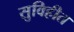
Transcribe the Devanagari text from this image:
सुविहीत